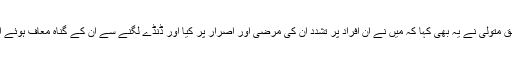
ایک پولیس اہلکار کے مطابق متولی نے یہ بھی کہا کہ میں نے ان افراد پر تشدد ان کی مرضی اور اصرار پر کیا اور ڈنڈے لگنے سے ان کے گناہ معاف ہوئے اور وہ جنت میں چلے گئے۔